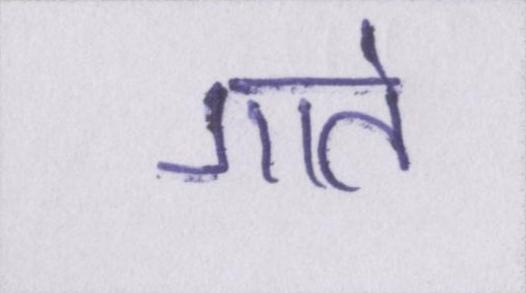
गाते